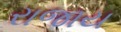
રાજાય